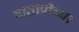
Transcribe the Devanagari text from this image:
वातापीच्या